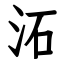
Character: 沰